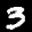
Label: 3